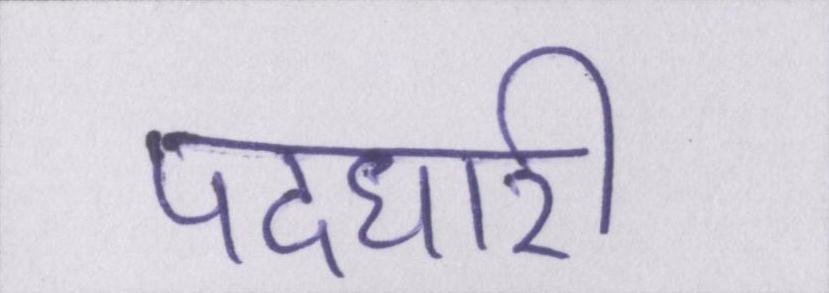
पदधारी